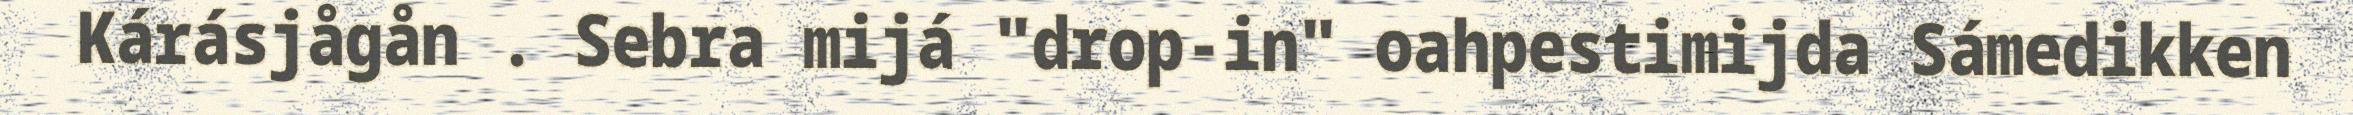
Kárásjågån . Sebra mijá "drop-in" oahpestimijda Sámedikken